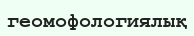
геомофологиялық